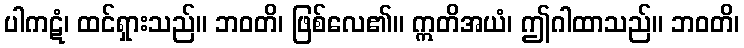
ပါကဋံ၊ ထင်ရှားသည်။ ဘဝတိ၊ ဖြစ်လေ၏။ ဣတိအယံ၊ ဤဂါထာသည်။ ဘဝတိ၊